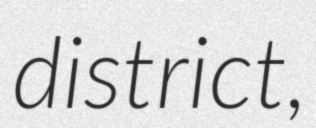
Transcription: district,